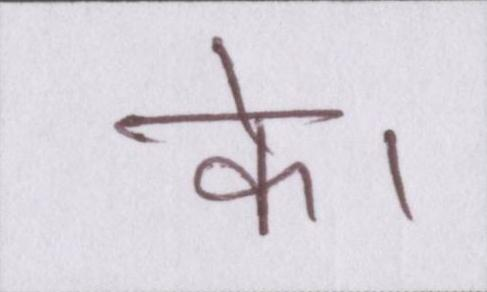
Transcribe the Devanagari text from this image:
के।